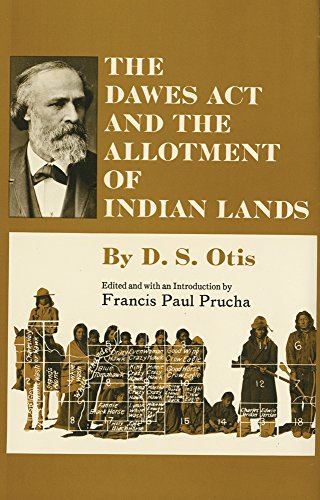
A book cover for The Dawes Act and the Allotment of Indian Lands (The Civilization of the American Indian Series); D. S. Otis; Law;